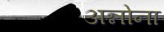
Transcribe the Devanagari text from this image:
अन्नोना